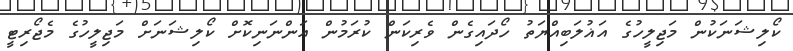
ކޯލިޝަނަކުން މަޖިލީހުގެ އަޣުލަބިއްޔަތު ހޯދައިގެން ވެރިކަން ކުރަމުން އަންނަނިކޮށް ކޯލިޝަނަށް މަޖިލީހުގެ މެޖޯރިޓީ